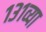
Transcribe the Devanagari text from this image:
१३१व्या